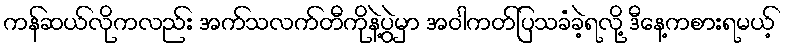
ကန်ဆယ်လိုကလည်း အက်သလက်တီကိုနဲ့ပွဲမှာ အဝါကတ်ပြသခံခဲ့ရလို့ ဒီနေ့ကစားရမယ့်